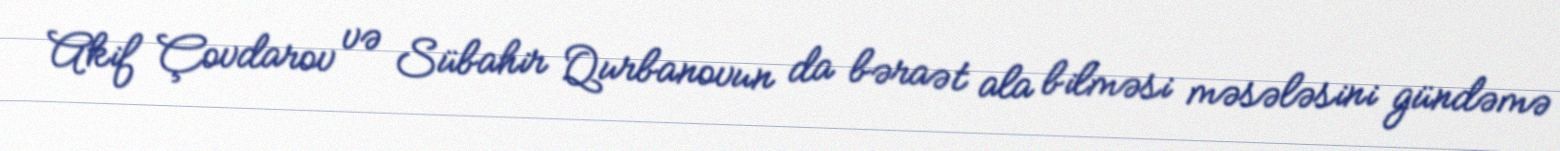
Akif Çovdarov və Sübahir Qurbanovun da bəraət ala bilməsi məsələsini gündəmə